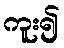
ကူး၍